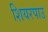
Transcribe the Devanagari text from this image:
शियरपाउ